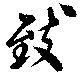
致